Annual report on the working of the lock hospitals in the Central Provinces
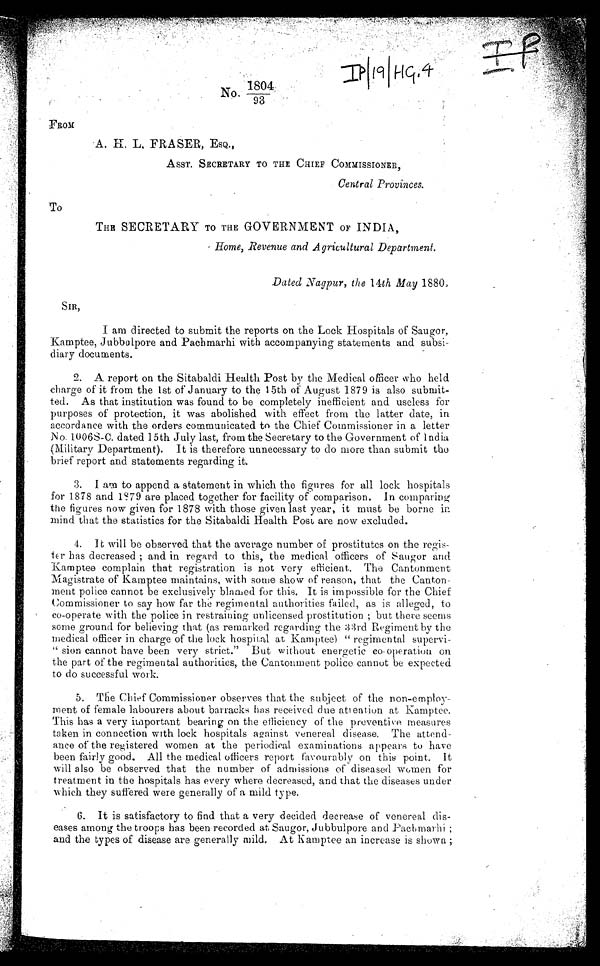
IP/19/HG.4
1804
No. 93
FROM
A. H. . FRASER, ESQ.,
ASST. SECRETARY TO THE CHIEF COMMISSIONER,
Central Provinces.
To
THE SECRETARY TO THE GOVERNMENT OF INDIA,
Home, Revenue and Agricultural Department.
Dated Nagpur, the 14th Mau 18803
SIR,
I am directed to submit the reports on the Lock Hospitals of Saugor,
Kamptee, Jubbulpore and Pachmarhi with accompanying statements and subsi-
diary documents.
2. A report on.the Sitabaldi Health Post by the Medical officer who held
charge of it from the 1st of January to the 15th of August 1879 is also submit-
ted. As that institution was found to be completely inefficient and useless for
purposes of protection, it was abolished with effect from the latter date, in
accordance with the orders communicated to the Chief Commissioner in a letter
No. 1006S-C. dated 15th July last, from the Secretary to the Government of India
(Military Department). It is therefore unnecessary to do more than submit the
brief report and statements regarding it.
3. I am to append a statement in which the figures for all lock hospitals
for 1878 and 1?79 are placed together for facility of comparison. In comparing
-the figures now given for 1878 with those given last year, it must be borne in,
mind that the statistics for the Sitabaldi Health Post are now excluded.
4. It will be observed that the average number of prostitutes on the regis-
t E r h a s ' d e c r e a s e d ; a n d i n r e g a r d t o t h i s , t h e m e d i c a l o f f i c e r s o f S a u g o r a n d
Kamptee complain that registration is not very efficient. The Cantonment
Magistrate of .Kamptee maintains, with some show of reason, that the Canton-
ment police cannot be exclusively blamed for this. It is impossible for the Chief
Commissioner to say how far the regimental authorities failed, as is alleged, to
co-operate with the police in restraining unlicensed prostitution ; but there seems
some ground for believing that (as remarked regarding the 33rd Regiment by the
medical officer in charge of the lock hospital at Kamptee) " regimental supervi-
" sion cannot have been very strict." But without energetic co-operation on
the part of the regimental authorities, the Cantonment police cannot be expected
to do successful work.
5. The Chief Commissioner observes that the subject of the non-employ-
ment of female labourers about barracks has received due attention at Kamptee.
This has a very important bearing on the efficiency of the preventive measures
taken in connection with lock hospitals against venereal disease. The attend-
ance of the registered women at the periodical examinations appears to have
been fairly good. All the medical officers report favourably on this point. It
will also be observed that the number of admissions of diseased women for
treatment in the hospitals has every where decreased, and that the diseases under
which they suffered were generally of a mild type.
6. It is satisfactory to find that a very decided decrease of venereal dis-
eases among the troops has been recordedat Saugor, Jubbulpore and
Pachmarhi and the types of disease are generally mild. At Kamptee an increase is shown ;